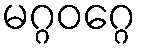
မဂ္ဂဝဂ္ဂေ